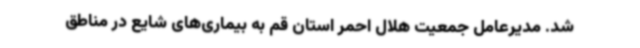
شد. مدیرعامل جمعیت هلال احمر استان قم به بیماری‌های شایع در مناطق